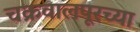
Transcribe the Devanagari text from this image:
चक्रवालपूरच्या